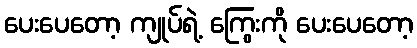
ပေးပေတော့ ကျုပ်ရဲ့ ကြွေးကို ပေးပေတော့